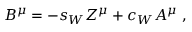
B ^ { \mu } = - s _ { W } Z ^ { \mu } + c _ { W } A ^ { \mu } ~ , \nonumber